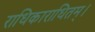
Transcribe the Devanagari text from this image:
राधिकाराधितम्।